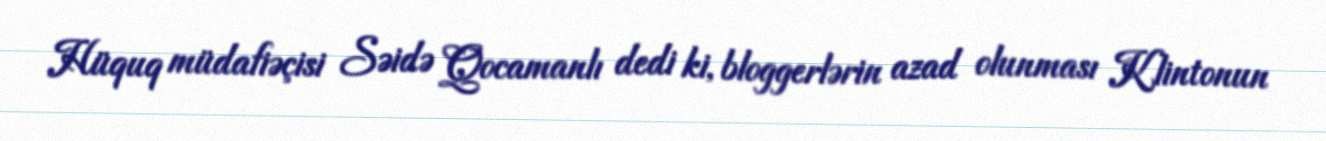
Hüquq müdafiəçisi Səidə Qocamanlı dedi ki, bloggerlərin azad olunması Klintonun